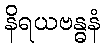
နိရယဗန္ဓနံ